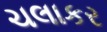
ચલાકર